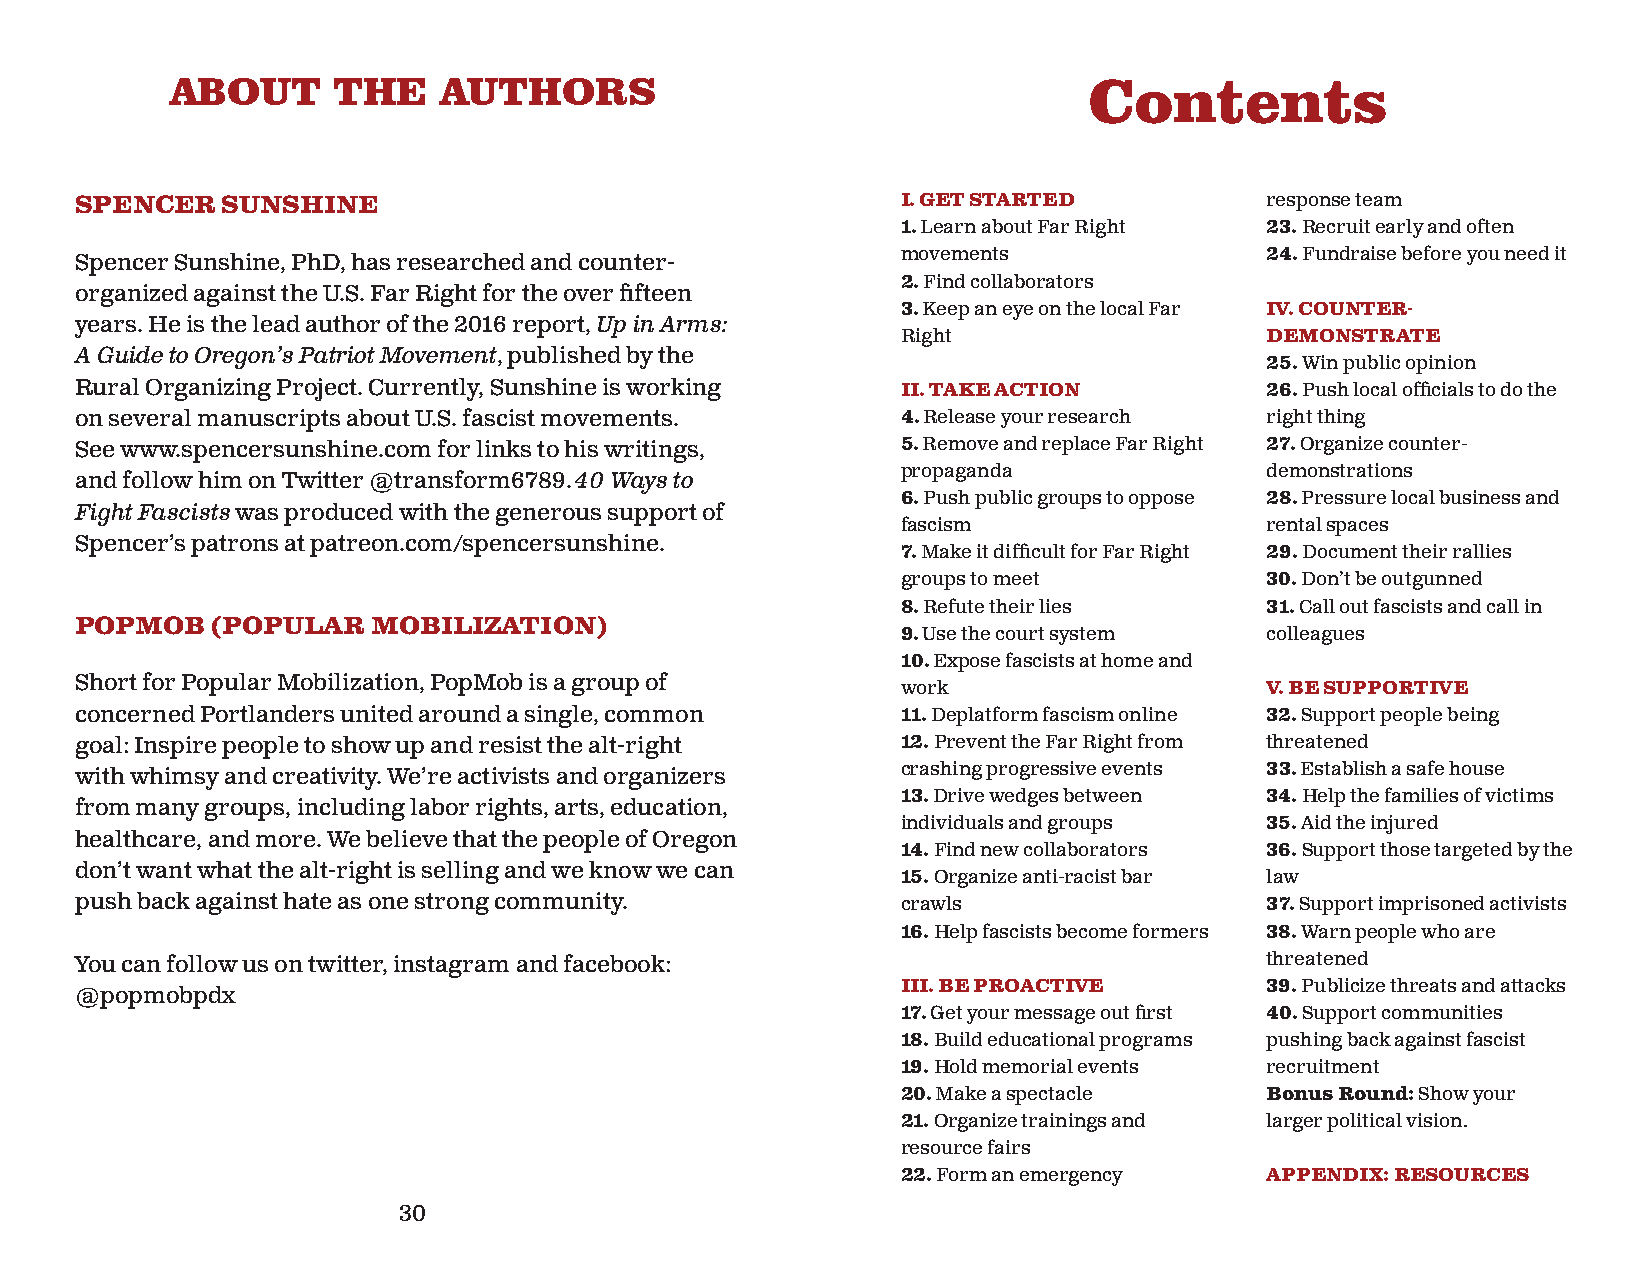
ABOUT      THE    AUTHORS                                    Contents
 SPENCER   SUNSHINE                                     I. GET STARTED          response team
 1. Learn about Far Right 23. Recruit early and often
 Spencer Sunshine, PhD, has researched and counter-     movements               24. Fundraise before you need it
 2. Find collaborators
 organized against the U.S. Far Right for the over fi fteen
 3. Keep an eye on the local Far IV. COUNTER-
 years. He is the lead author of the 2016 report, Up in Arms:
 Right                   DEMONSTRATE
 A Guide to Oregon’s Patriot Movement, published by the
 25. Win public opinion
 Rural Organizing Project. Currently, Sunshine is working II. TAKE ACTION       26. Push local offi cials to do the
 on several manuscripts about U.S. fascist movements.   4. Release your research right thing
 See www.spencersunshine.com for links to his writings, 5. Remove and replace Far Right 27. Organize counter-
 propaganda              demonstrations
 and follow him on Twitter @transform6789. 40 Ways to
 6. Push public groups to oppose 28. Pressure local business and
 Fight Fascists was produced with the generous support of
 fascism                 rental spaces
 Spencer’s patrons at patreon.com/spencersunshine.
 7. Make it diffi cult for Far Right 29. Document their rallies
 groups to meet          30. Don’t be outgunned
 8. Refute their lies    31. Call out fascists and call in
 POPMOB   (POPULAR   MOBILIZATION)
 9. Use the court system colleagues
 10. Expose fascists at home and
 Short for Popular Mobilization, PopMob is a group of
 work                    V. BE SUPPORTIVE
 concerned Portlanders united around a single, common   11. Deplatform fascism online 32. Support people being
 goal: Inspire people to show up and resist the alt-right 12. Prevent the Far Right from threatened
 with whimsy and creativity. We’re activists and organizers crashing progressive events 33. Establish a safe house
 13. Drive wedges between 34. Help the families of victims
 from many groups, including labor rights, arts, education,
 individuals and groups  35. Aid the injured
 healthcare, and more. We believe that the people of Oregon
 14. Find new collaborators 36. Support those targeted by the
 don’t want what the alt-right is selling and we know we can
 15. Organize anti-racist bar law
 push back against hate as one strong community.        crawls                  37. Support imprisoned activists
 16. Help fascists become formers 38. Warn people who are
 You can follow us on twitter, instagram and facebook:                          threatened
 III. BE PROACTIVE       39. Publicize threats and attacks
 @popmobpdx
 17. Get your message out fi rst 40. Support communities
 18. Build educational programs pushing back against fascist
 19. Hold memorial events recruitment
 20. Make a spectacle    Bonus Round: Show your
 21. Organize trainings and larger political vision.
 resource fairs
 22. Form an emergency   APPENDIX: RESOURCES
 30